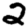
Digit: 2